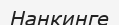
Нанкинге